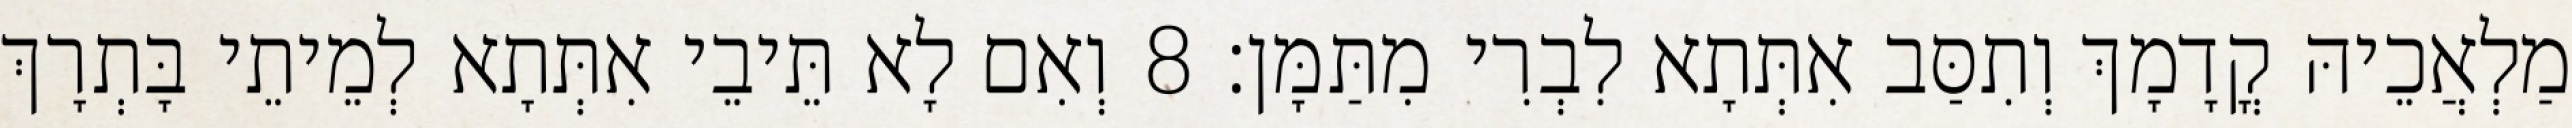
מַלְאֲכֵיהּ קֳדָמָךְ וְתִסַּב אִתְּתָא לִבְרִי מִתַּמָּן׃ 8 וְאִם לָא תֵּיבֵי אִתְּתָא לְמֵיתֵי בָּתְרָךְ